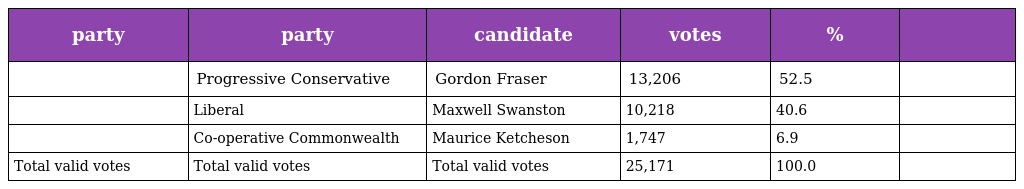
| party | party | candidate | votes | % |  |
 | --- | --- | --- | --- | --- | --- |
 |  | Progressive Conservative | Gordon Fraser | 13,206 | 52.5 |  |
 |  | Liberal | Maxwell Swanston | 10,218 | 40.6 |  |
 |  | Co-operative Commonwealth | Maurice Ketcheson | 1,747 | 6.9 |  |
 | Total valid votes | Total valid votes | Total valid votes | 25,171 | 100.0 |  |